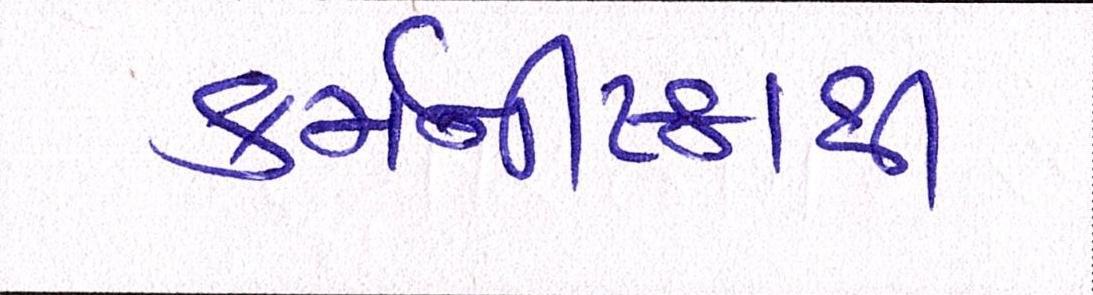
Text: કર્મનીષ્ઠાથી